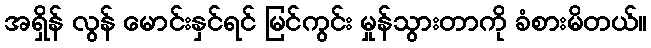
အရှိန် လွန် မောင်းနှင်ရင် မြင်ကွင်း မှုန်သွားတာကို ခံစားမိတယ်။